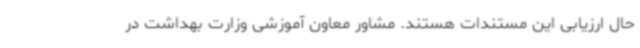
حال ارزیابی این مستندات هستند. مشاور معاون آموزشی وزارت بهداشت در